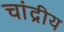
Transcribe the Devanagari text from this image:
चांद्रीय